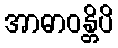
အာဓာဝန္တိပိ